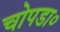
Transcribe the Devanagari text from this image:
चोपडा०